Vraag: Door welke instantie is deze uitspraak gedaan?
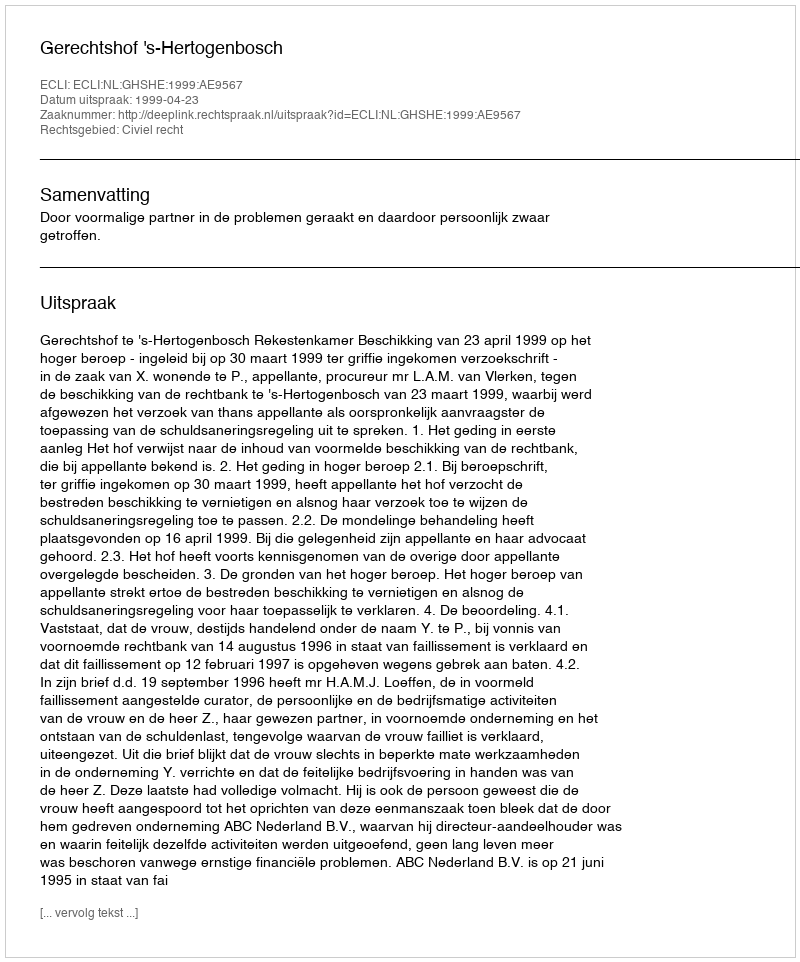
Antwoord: Gerechtshof 's-Hertogenbosch